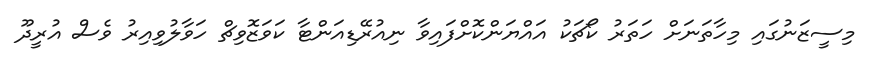
މިސީޒަނުގައި މިހާތަނަށް ހަތަރު ކޯޗަކު އައްޔަންކޮށްފައިވާ ނިއުރޭޑިއަންޓާ ކަވަޒޮވިޗް ހަވާލުވިއިރު ވެސް އުރީދޫ